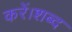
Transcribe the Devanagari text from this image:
करें।शब्द